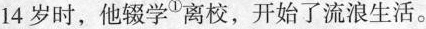
14岁时，他辍学^{①}离校，开始了流浪生活。